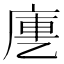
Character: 㐣